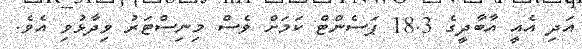
އަދި އެއީ އާބާދީގެ 18.3 ޕަސެންޓް ކަމަށް ވެސް މިނިސްޓަރު ވިދާޅުވި އެވެ.